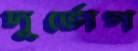
দূর্ভোগ